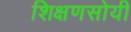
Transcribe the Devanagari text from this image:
शिक्षणसोयी